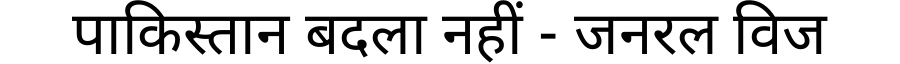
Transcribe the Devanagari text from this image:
पाकिस्तान बदला नहीं - जनरल विज